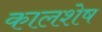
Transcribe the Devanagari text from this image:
कालशेष